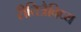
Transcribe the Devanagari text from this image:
रीतित्रैविध्य